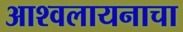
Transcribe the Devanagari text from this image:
आश्वलायनाचा